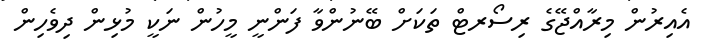
އެއިރުން މިރާއްޖޭގެ ރިސޯރޓް ތަކަށް ބޭނުންވާ ފަންނީ މީހުން ނަކީ މުޅިން ދިވެހިން